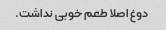
دوغ اصلا طعم خوبی نداشت.